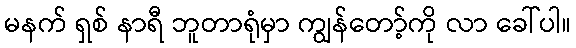
မနက် ရှစ် နာရီ ဘူတာရုံမှာ ကျွန်တော့်ကို လာ ခေါ်ပါ။